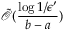
\tilde { \mathcal { O } } ( \frac { \log { 1 / \epsilon ^ { \prime } } } { b - a } )